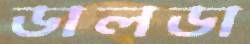
ডালডা